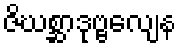
ဇိဃစ္ဆာဒုဗ္ဗလျေန